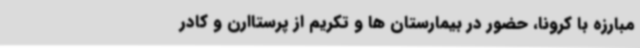
مبارزه با کرونا، حضور در بیمارستان ها و تکریم از پرستاارن و کادر